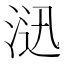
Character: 𱦮